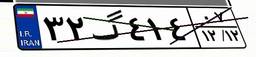
۳۲گ۴۱۴۰۷